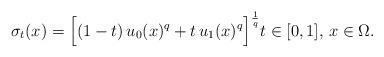
LaTeX: \begin{align*}\sigma_t(x)=\Big[(1-t)\, u_0(x)^q+t\, u_1(x)^q\Big]^\frac{1}{q}t\in[0,1],\,x\in\Omega.\end{align*}